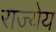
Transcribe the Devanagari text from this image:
राज्येय